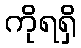
ကိုရရှိ